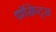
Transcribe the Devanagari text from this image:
कॉंसेप्ट्स